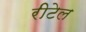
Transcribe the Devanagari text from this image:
रीटेल